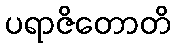
ပရာဇိတောတိ